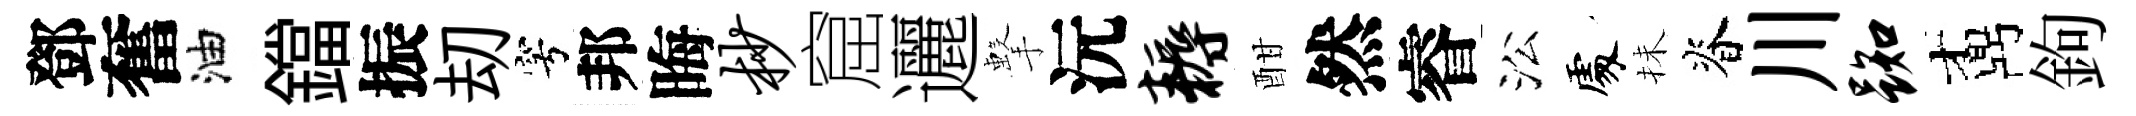
鄧奮油鐺振刧穹邦晦杪窟邐擊沅耨酣然睿㳂𠁅抺脊川踟鼒鉤